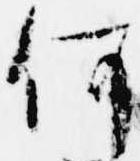
何